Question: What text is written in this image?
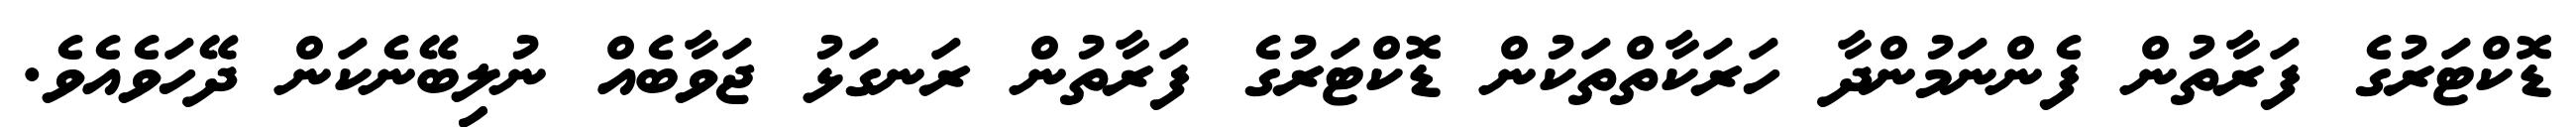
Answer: ޑޮކްޓަރުގެ ފަރާތުން ފެންނަމުންދާ ހަރަކާތްތަކުން ޑޮކްޓަރުގެ ފަރާތުން ރަނގަޅު ޖަވާބެއް ނުލިބޭނެކަން ދޭހަވެއެވެ.